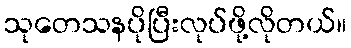
သုတေသနပိုပြီးလုပ်ဖို့လိုတယ်။